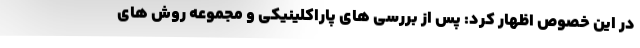
در این خصوص اظهار کرد: پس از بررسی های پاراکلینیکی و مجموعه روش های